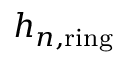
h _ { n , \mathrm { r i n g } }